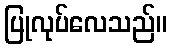
ပြုလုပ်လေသည်။